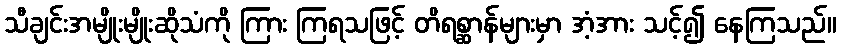
သီချင်းအမျိုးမျိုးဆိုသံကို ကြား ကြရသဖြင့် တိရစ္ဆာန်များမှာ အံ့အား သင့်၍ နေကြသည်။